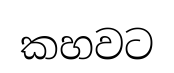
කහවට